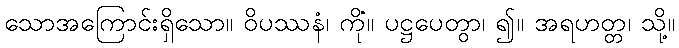
သောအကြောင်းရှိသော။ ဝိပဿနံ၊ ကို။ ပဋ္ဌပေတွာ၊ ၍။ အရဟတ္တံ၊ သို့။